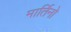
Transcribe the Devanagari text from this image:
मार्तिनो